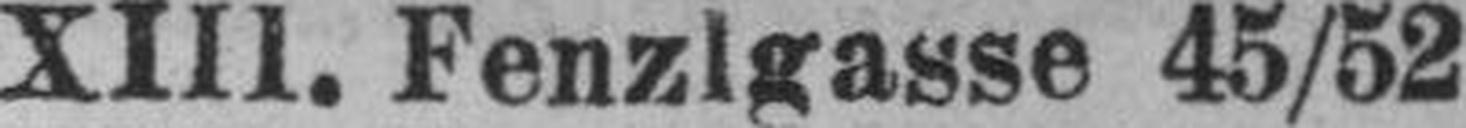
XIII. Fenzlgasse 45/52